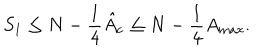
LaTeX: S _ { 1 } \leq N - \frac { 1 } { 4 } \hat { A } _ { \mathrm { c } } \leq N - \frac { 1 } { 4 } A _ { \mathrm { m a x } } .